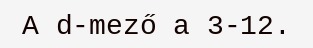
A d-mező a 3-12.